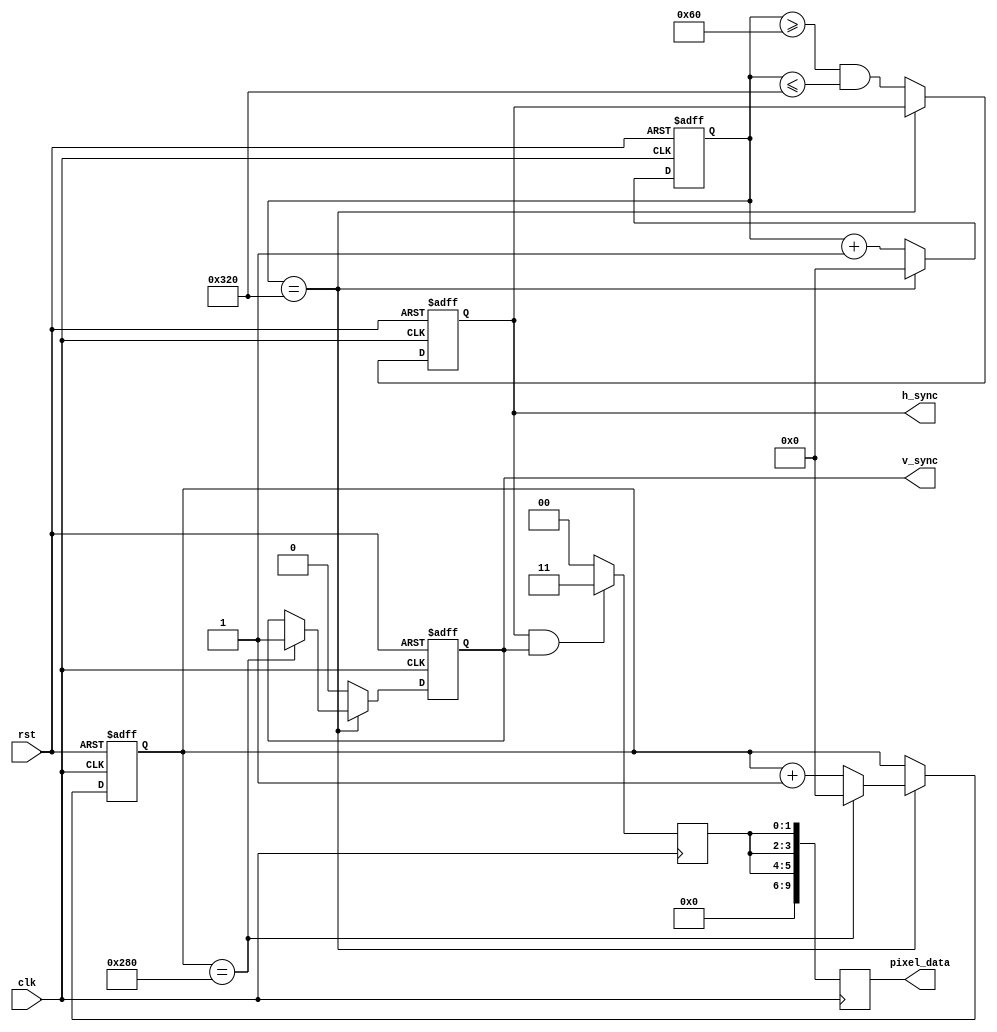
module vga_controller (
    input clk,
    input rst,
    output reg h_sync,
    output reg v_sync,
    output reg [9:0] pixel_data
);

reg [9:0] h_counter;
reg [9:0] v_counter;
reg [1:0] color;

parameter H_RES = 640;
parameter V_RES = 480;
parameter H_SYNC_START = 96;
parameter H_SYNC_END = 800;
parameter V_SYNC_START = 2;
parameter V_SYNC_END = 640;

always @(posedge clk or posedge rst) begin
    if (rst) begin
        h_counter <= 0;
        v_counter <= 0;
        h_sync <= 0;
        v_sync <= 0;
    end else begin
        if (h_counter == H_SYNC_END) begin
            h_counter <= 0;
            if (v_counter == V_SYNC_END) begin
                v_counter <= 0;
                v_sync <= 1;
            end else begin
                v_counter <= v_counter + 1;
            end
        end else begin
            h_counter <= h_counter + 1;
            h_sync <= (h_counter >= H_SYNC_START) && (h_counter <= H_SYNC_END);
            v_sync <= 0;
        end
    end
end

always @(posedge clk) begin
    if (h_sync && v_sync) begin
        color <= 2'b11; // White color
    end else begin
        color <= 2'b00; // Black color
    end
    pixel_data <= {color, color, color};
end

endmodule